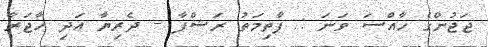
ޖަޖުންގެ ޚާއްސަ ވަނަ : ފާތިމަތު ރަޝްފާ - ދެރިޔާ އަދި ހާޖަރާ